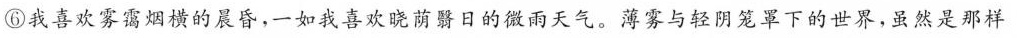
⑥我喜欢雾霭烟横的晨昏，一如我喜欢晓荫翳日的微雨天气。薄雾与轻阴笼罩下的世界，虽然是那样